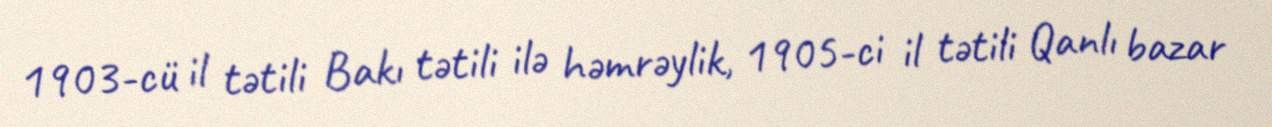
1903-cü il tətili Bakı tətili ilə həmrəylik, 1905-ci il tətili Qanlı bazar